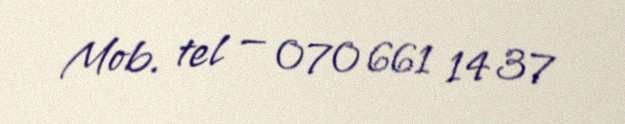
Mob. tel — 070 661 14 37